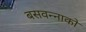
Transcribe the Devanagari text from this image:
बसवन्नाको